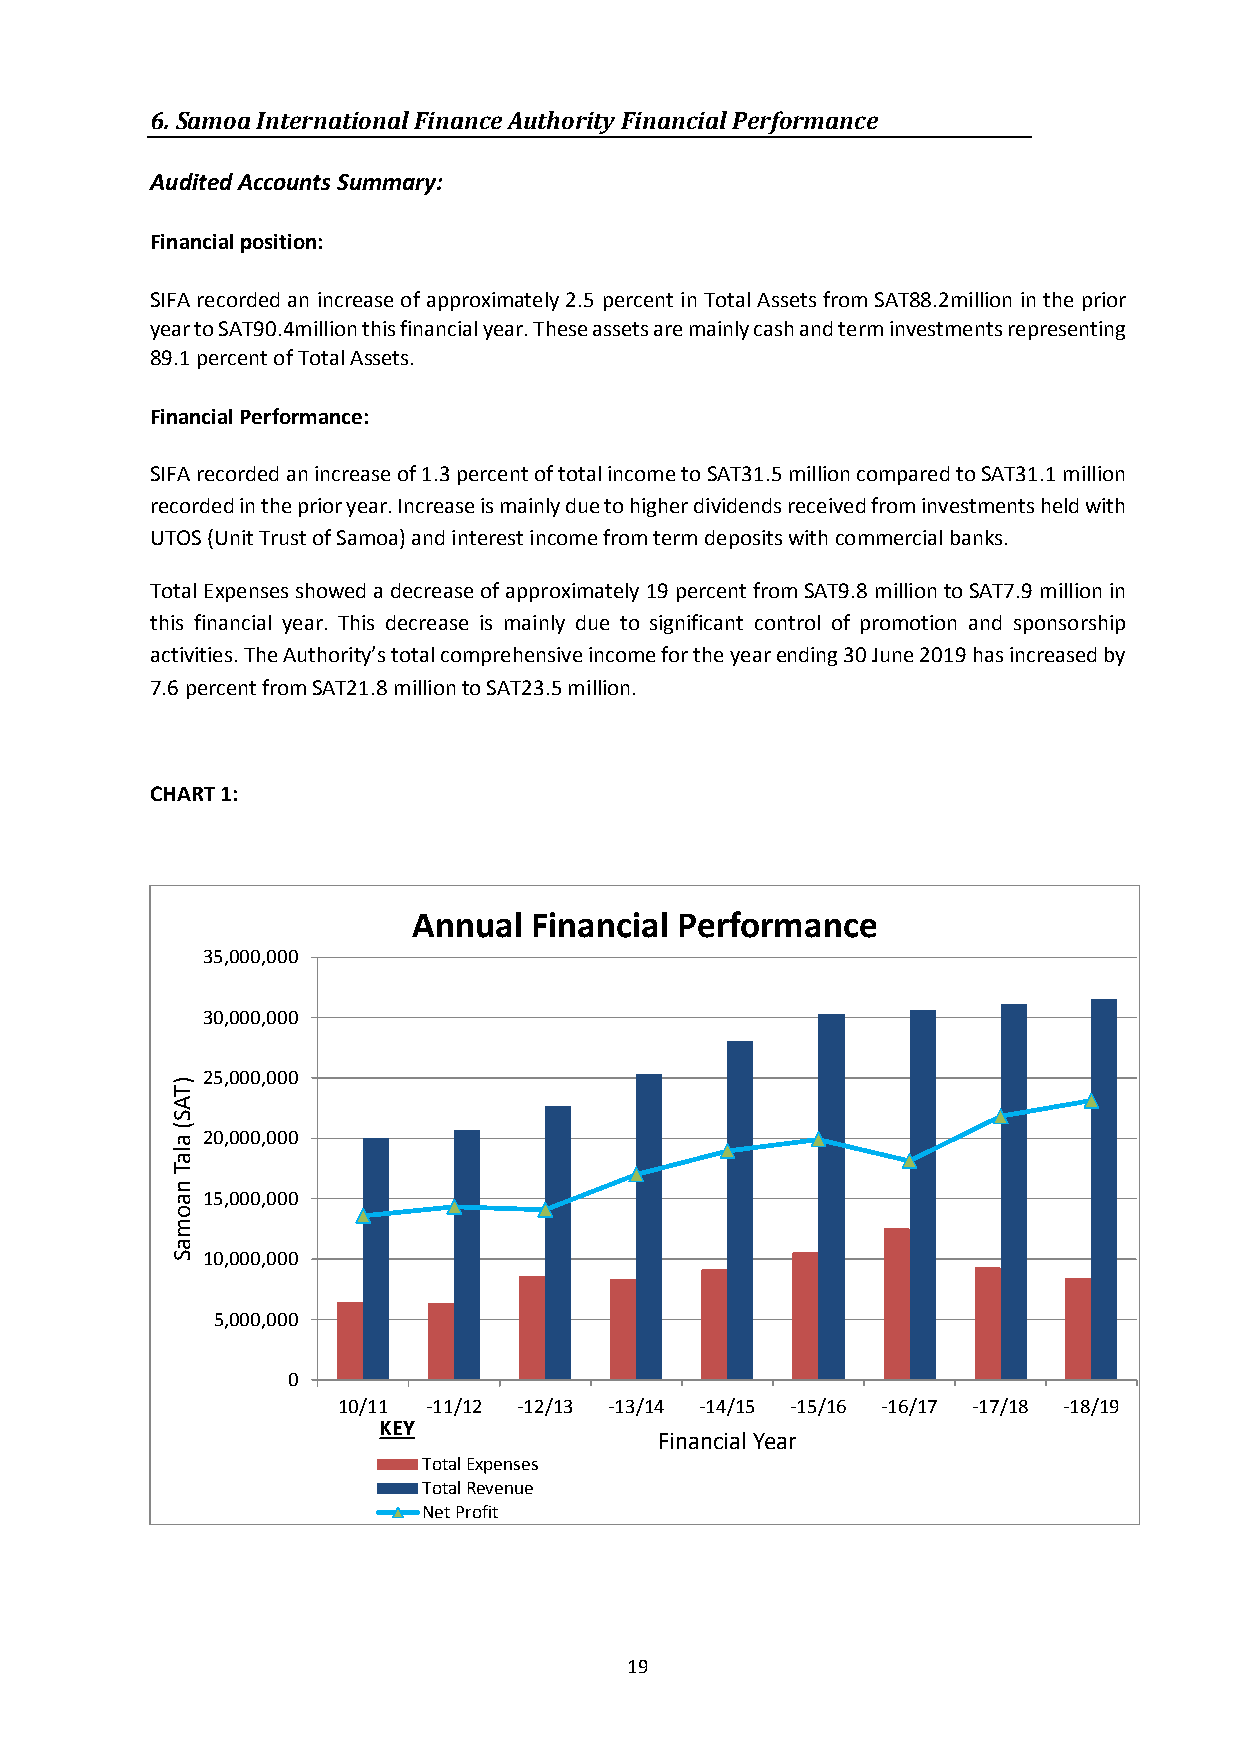
6. Samoa International Finance Authority Financial Performance
 Audited Accounts Summary:
 Financial position:
 SIFA recorded an increase of approximately 2.5 percent in Total Assets from SAT88.2million in the prior
 year to SAT90.4million this financial year. These assets are mainly cash and term investments representing
 89.1 percent of Total Assets.
 Financial Performance:
 SIFA recorded an increase of 1.3 percent of total income to SAT31.5 million compared to SAT31.1 million
 recorded in the prior year. Increase is mainly due to higher dividends received from investments held with
 UTOS (Unit Trust of Samoa) and interest income from term deposits with commercial banks.
 Total Expenses showed a decrease of approximately 19 percent from SAT9.8 million to SAT7.9 million in
 this financial year. This decrease is mainly due to significant control of promotion and sponsorship
 activities. The Authority’s total comprehensive income for the year ending 30 June 2019 has increased by
 7.6 percent from SAT21.8 million to SAT23.5 million.
 CHART 1:
 Annual  Financial Performance
 35,000,000
 30,000,000
 25,000,000
 )
 T
 A
 S
 (
 a 20,000,000
 la
 T
 n
 a 15,000,000
 o
 m
 a
 S 10,000,000
 5,000,000
 0
 10/11 -11/12 -12/13 -13/14 -14/15 -15/16 -16/17 -17/18 -18/19
 KEY
 Financial Year
 Total Expenses
 Total Revenue
 Net Profit
 19